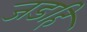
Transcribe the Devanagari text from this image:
जडहि